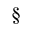
\S